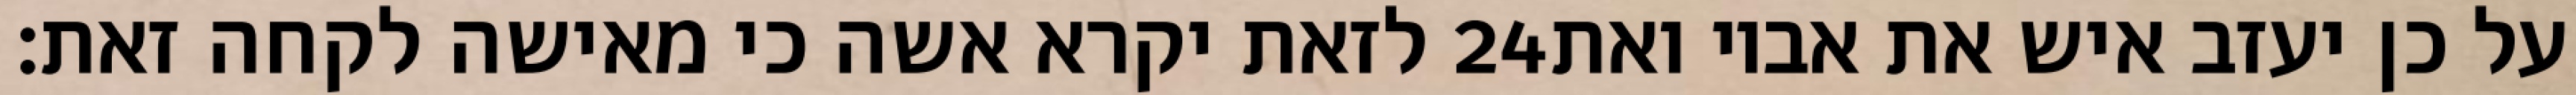
לזאת יקרא אשה כי מאישה לקחה זאת׃ ‎24‏ על כן יעזב איש את אביו ואת